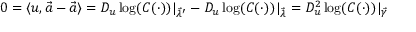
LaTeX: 0 = \langle u , { \vec { a } } - { \vec { a } } \rangle = D _ { u } \log ( C ( \cdot ) ) \vert _ { { \vec { \lambda } } ^ { \prime } } - D _ { u } \log ( C ( \cdot ) ) \vert _ { \vec { \lambda } } = D _ { u } ^ { 2 } \log ( C ( \cdot ) ) \vert _ { \vec { \gamma } }